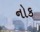
નોક